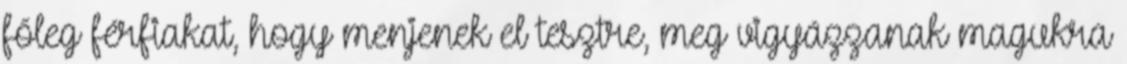
főleg férfiakat, hogy menjenek el tesztre, meg vigyázzanak magukra